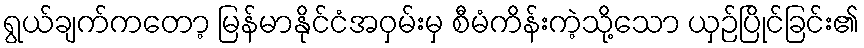
ရွယ်ချက်ကတော့ မြန်မာနိုင်ငံအဝှမ်းမှ စီမံကိန်းကဲ့သို့သော ယှဉ်ပြိုင်ခြင်း၏